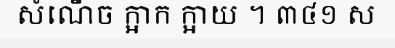
សំណើច ក្អាក ក្អាយ ។ ៣៤១ ស